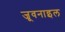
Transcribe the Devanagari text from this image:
जूवनाइल